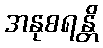
အနုစရန္တိ